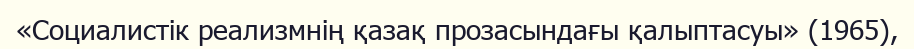
«Социалистік реализмнің қазақ прозасындағы қалыптасуы» (1965),